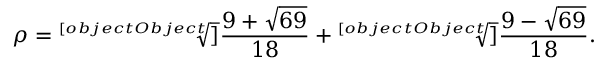
\rho = { \sqrt [ [object Object] ] { \frac { 9 + { \sqrt { 6 9 } } } { 1 8 } } } + { \sqrt [ [object Object] ] { \frac { 9 - { \sqrt { 6 9 } } } { 1 8 } } } .